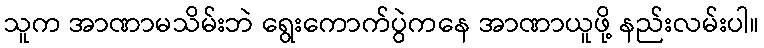
သူက အာဏာမသိမ်းဘဲ ရွေးကောက်ပွဲကနေ အာဏာယူဖို့ နည်းလမ်းပါ။